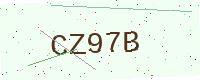
Text: CZ97B